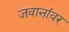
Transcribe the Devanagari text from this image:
जवानांवर